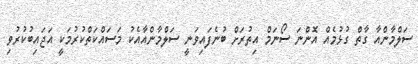
ސަލްމާންއާ ގާތް ގުޅުމެއް އޮންނަ ސޯނަމް އިތުރަށް ބުނެފައިވަނީ ސަލްމާންއާއެކު މަސައްކަތްކުރުމަކީ އަޖައިބުކުރުވި